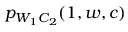
p _ { W _ { 1 } C _ { 2 } } ( 1 , w , c )